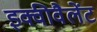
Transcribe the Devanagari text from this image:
इक्वीवैलेंट